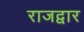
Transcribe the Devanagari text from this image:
राजद्वार